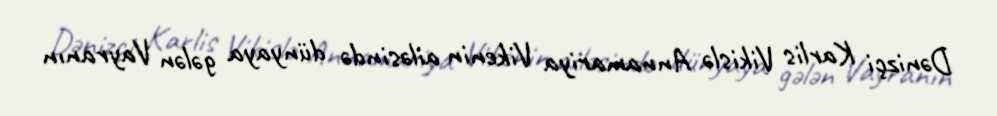
Dənizçi Karlis Vikislə Annamariya Vikenin ailəsində dünyaya gələn Vayranın